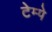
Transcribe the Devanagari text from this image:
टेम्पे